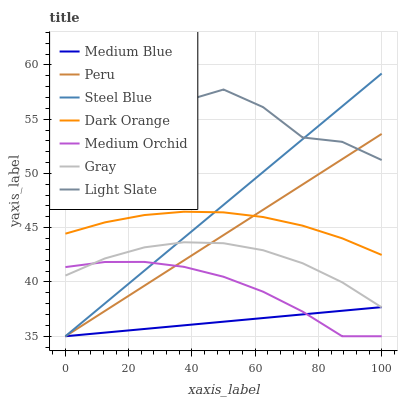
| xaxis_label | Medium Blue | Peru | Steel Blue | Dark Orange | Medium Orchid | Gray | Light Slate |
 | --- | --- | --- | --- | --- | --- | --- | --- |
 | 0 | 35 | 35 | 35 | 44.4 | 41.4 | 40.6 | 61.1 |
 | 12.5 | 35.3 | 37.3 | 38 | 45.5 | 41.8 | 42.2 | 61.7 |
 | 25 | 35.7 | 39.7 | 41.1 | 46.2 | 41.8 | 43.2 | 59.5 |
 | 37.5 | 36 | 42 | 44.1 | 46.5 | 41.4 | 43.7 | 56.7 |
 | 50 | 36.3 | 44.3 | 47.1 | 46.4 | 40.5 | 43.6 | 57.7 |
 | 62.5 | 36.7 | 46.7 | 50.1 | 46 | 39.1 | 42.9 | 56.1 |
 | 75 | 37 | 49 | 53.2 | 45.2 | 37.3 | 41.7 | 53.3 |
 | 87.5 | 37.3 | 51.3 | 56.2 | 44 | 35 | 40 | 52.9 |
 | 100 | 37.7 | 53.6 | 59.2 | 42.5 | 35 | 37.7 | 51.2 |